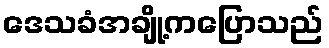
ဒေသခံအချို့ကပြောသည်